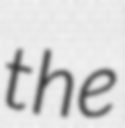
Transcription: the